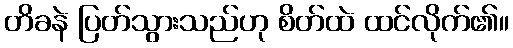
တိခနဲ ပြတ်သွားသည်ဟု စိတ်ထဲ ထင်လိုက်၏။